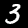
Digit: 3